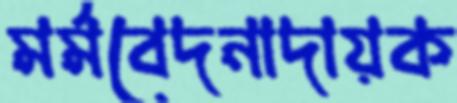
মর্মবেদনাদায়ক